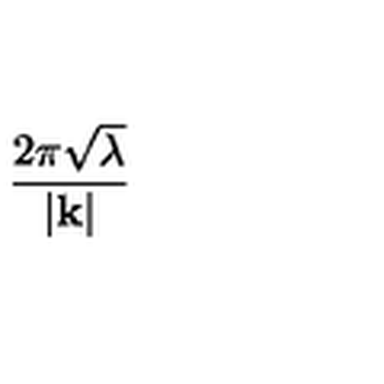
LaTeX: \frac { 2 \pi \sqrt { \lambda } } { | \mathbf { k } | }